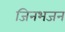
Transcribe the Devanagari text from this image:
जिनभजन